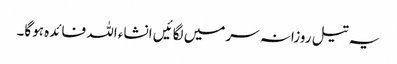
یہ تیل روزانہ سرمیں لگائیں انشاء اللہ فائدہ ہوگا۔